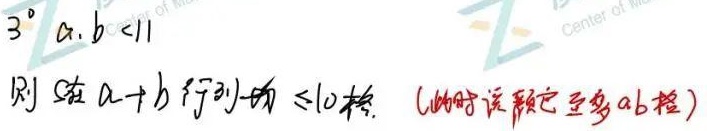
$3^{\circ}\ a,b < 11$，则 5 在 $a + b$ 行列的 $\leq10$ 格。（此时设它至多 $ab$ 格）